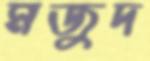
মজুদ